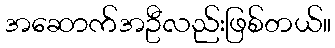
အဆောက်အဦလည်းဖြစ်တယ်။